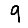
Digit: 9